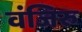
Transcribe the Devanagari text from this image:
वंजिरु